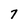
Character: 7